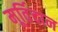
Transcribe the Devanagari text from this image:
मूर्तिदान